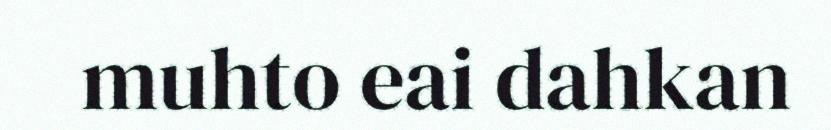
muhto eai dahkan